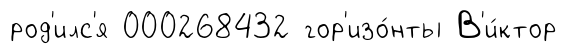
род'илс'я 000268432 гор'изо́нты В'и́ктор